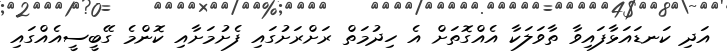
އަދި ކަނޑައަޅާފައިވާ ތާވަލަކާ އެއްގޮތަށް އެ ހިދުމަތް ރަށްރަށުގައި ފެށުމަށާއި ކޮންމެ ގޭބީސީއެއްގައި